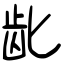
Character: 龀